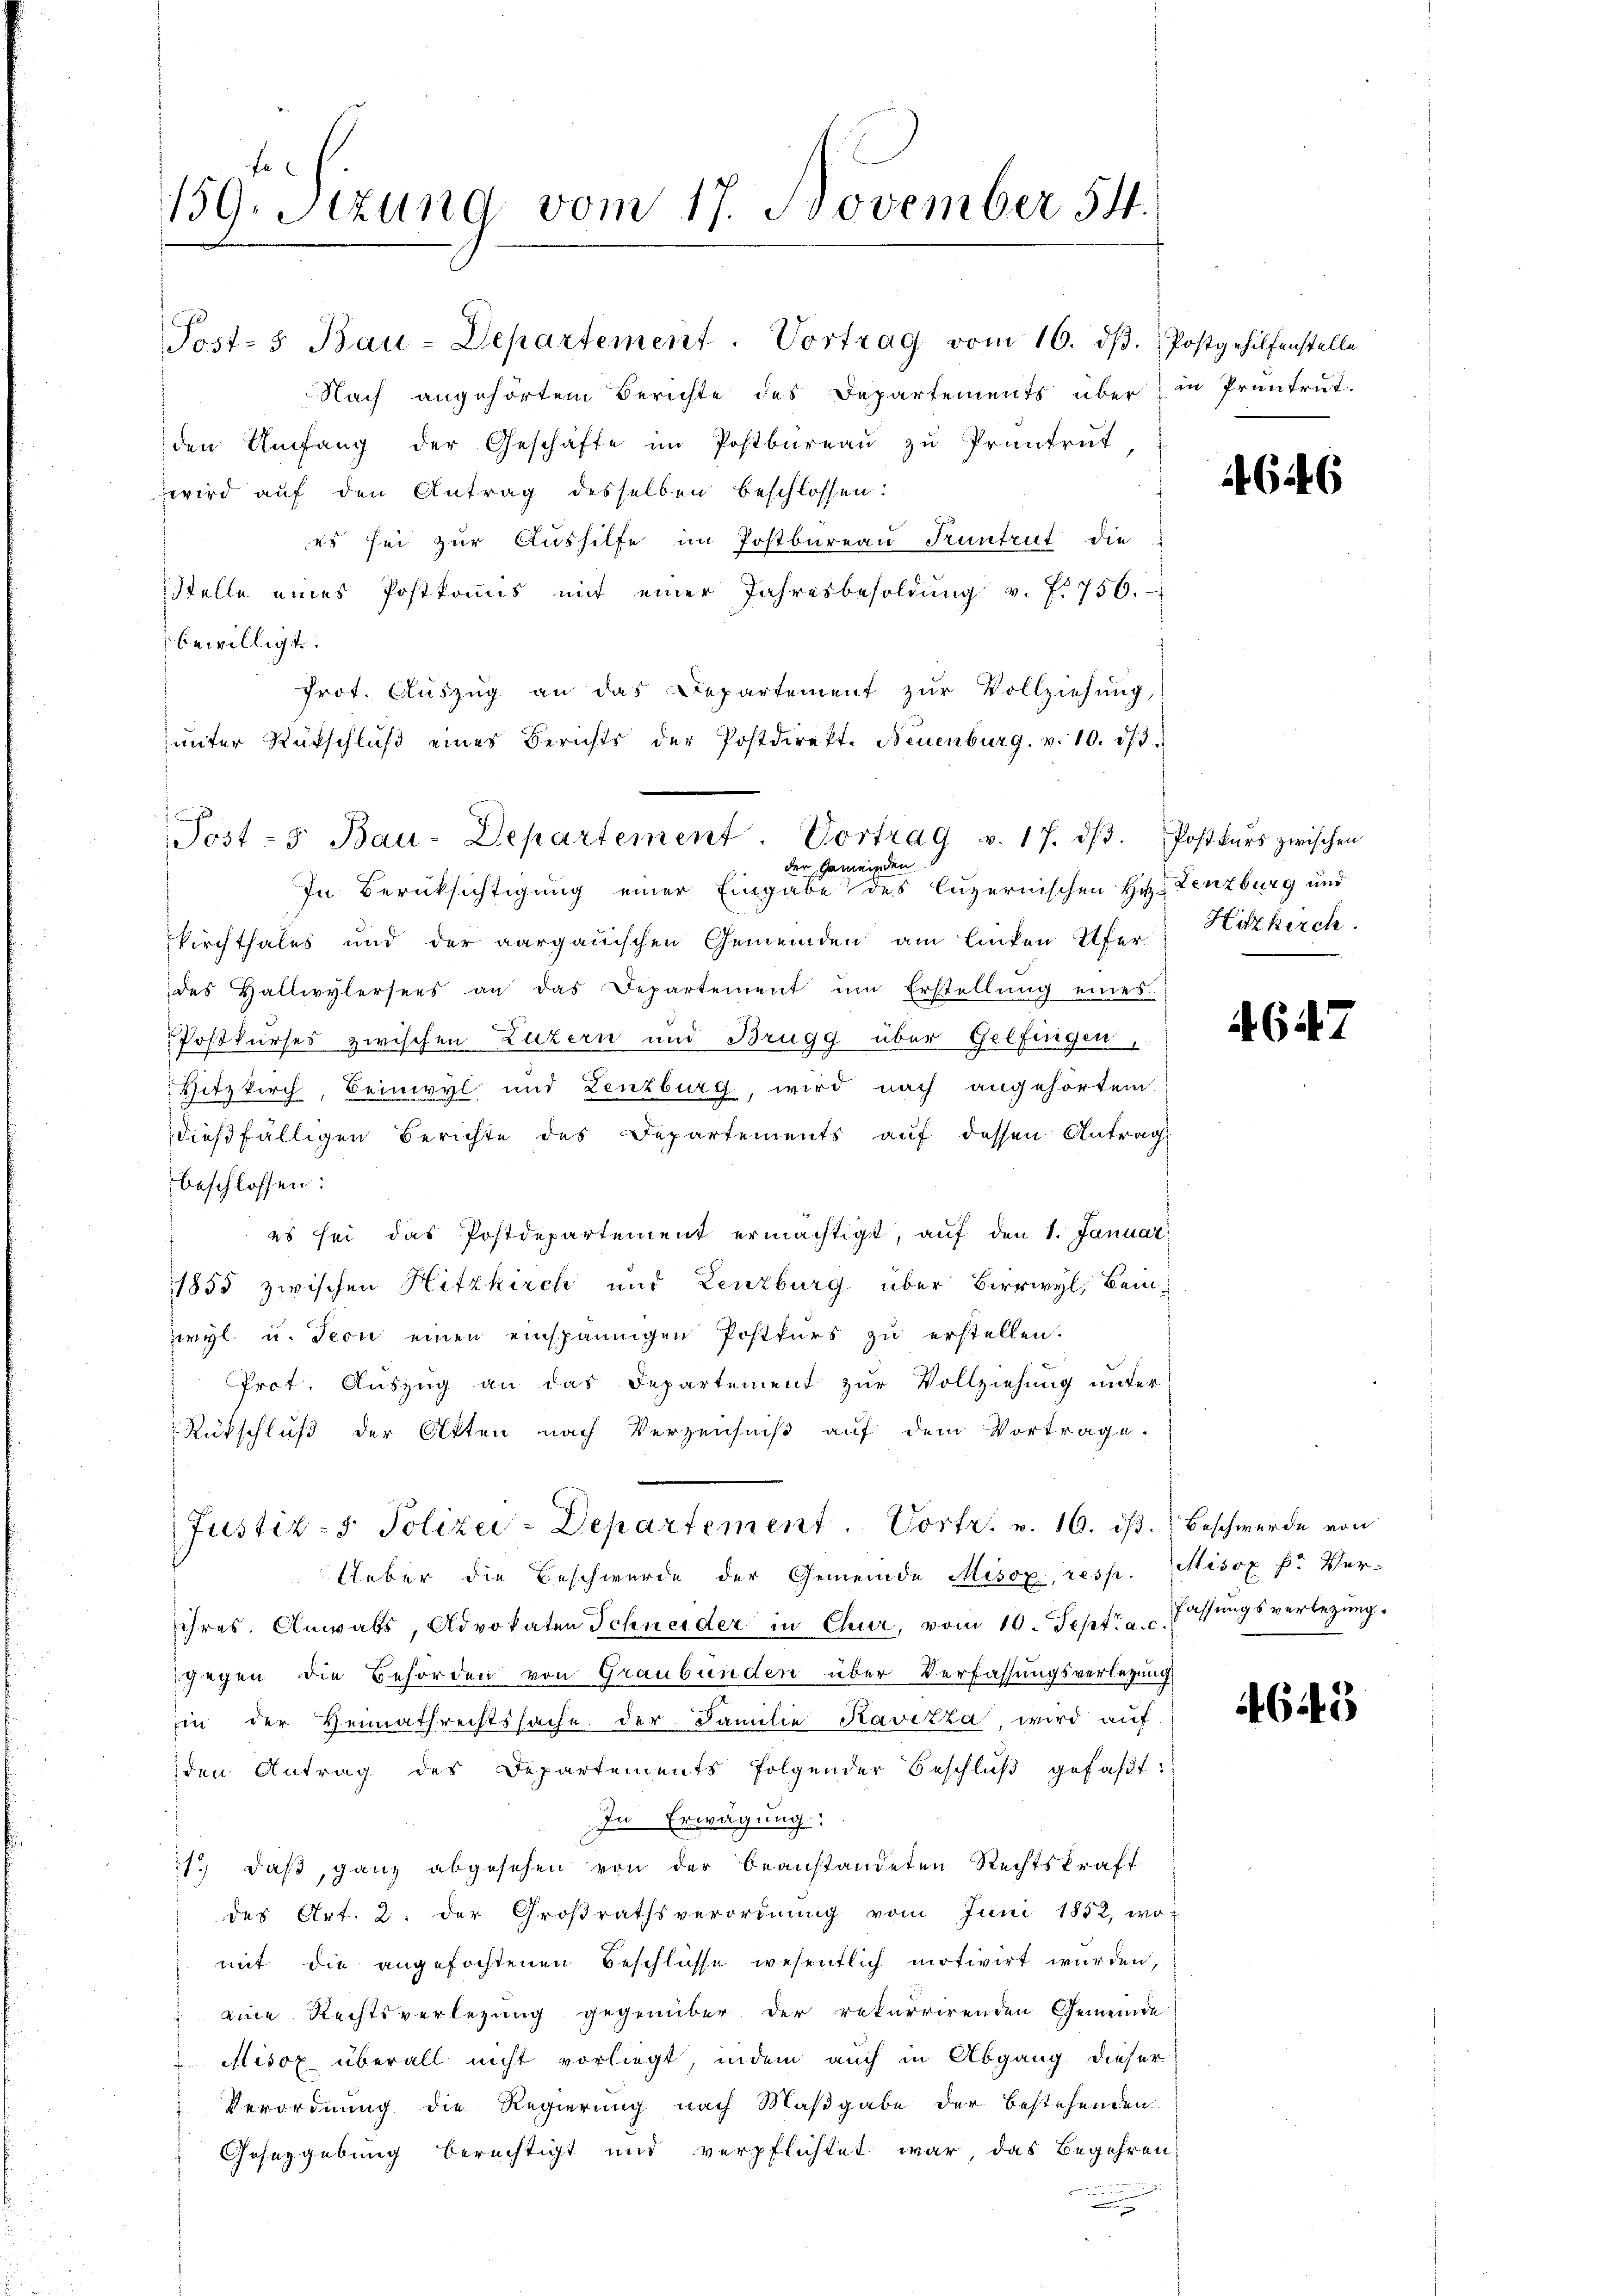
159. Sitzung vom 17. November 54.

Nach angehörtem Berichte des Departements über in Pruntrut.
den Umfang der Geschäfte im Postbüreaŭ zŭ Prantrŭt,
wird auf den Antrag desselben beschlossen:
es sei zur Aushilfe im Postbureau Pruntrut die
Stelle eines Postkoṁis mit einer Jahresbesoldŭng v. f. 750.
bewilligt.
Prot. Aŭszŭg an das Departement zŭr Vollziehung,
ŭnter Rückschlŭβ eines Berichts der Postdirekt. Neuenburg. v. 10. dβ.
In Berücksichtigung einer Eingabe des luzernischen Hr. Lenzburg und
kirchthales und der aargauischen Gemeinden am linken Ufer, Hitzkirch
des Hallwylersees an das Departement ŭm Erstellŭng eines
Postkurses zwischen Luzern und Brugg über Gelfingen,
Hitzkirch, Beinwyl und Lenzburg, wird nach angehörtem
dießfälligen Berichte des Departements auf dessen Antrag
beschlossen:
 es sei das Postdepartement ermächtigt, aŭf den 1. Januar
1855 zwischen Hitzkirch und Lenzburg über Berrwyl, Beiwyl u. Teon einen einspännigen Postkurs zu erstellen.
 Prot. Auszug an das Departement zur Vollziehung unter
Rutschluß der Otten nach Verzeichniß auf dem Vortrage.
Justiz- & Polizei-Departement. Vortr. v. 16. ds. Beschwerde von
Ueber die Beschwerde der Gemeinde Misox, resp. Misox F. Ver-
ihres. Anwats, Advokaten Schneider in Chur, vom 10. Sept. a. c.
gegen die Behörden von Graubünden über Verfassungsverletzung
in der Heimathrechtssache der Familie Kavizza, wird auf
den Antrag des Departements folgender Beschlŭβ gefaβt:
In Erwägung:
1.) daß, ganz abgesehen von der beanstandeten Rechtskraft
des Art. 2. der Großrathsverordnung vom Juni 1852, wo-
mit die angefochtenen Beschlüsse wesentlich motivirt wurden,
eine Rechtsverlegung gegenüber der rekurrirenden Gemeinde
Misox überall nicht vorliegt, indem auch in Abgang dieser
Verordnung die Regierung nach Maßgabe der bestehenden
Gosezgebung berechtigt und verpflichtet war, das Begehren:
.

Post-s Bau-Departement. Vortrag vom 16. dβ. Postgehilfenstelle

Post- 5. Bau-Departement. Vortrag v. 17. dβ. Postkŭrs zwischen
der Gemeinden

646

4647

Fassungsverbezung.

46145